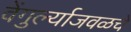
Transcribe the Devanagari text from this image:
वेंगुर्ल्याजवळचे